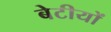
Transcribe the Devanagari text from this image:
बेटीयों